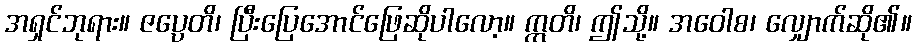
အရှင်ဘုရား။ ဇပ္ပေတိ၊ ပြီးပြေအောင်ဖြေဆိုပါလော့။ ဣတိ၊ ဤသို့။ အဝေါစ၊ လျှောက်ဆို၏။